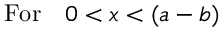
\mathrm { F o r } \quad 0 < x < ( a - b )